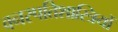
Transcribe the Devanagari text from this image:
वनस्‍पतिशास्‍त्रियों